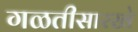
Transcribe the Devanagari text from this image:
गळतीसारखे